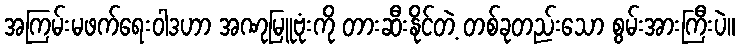
အကြမ်းမဖက်ရေးဝါဒဟာ အဏုမြူဗုံးကို တားဆီးနိုင်တဲ့ တစ်ခုတည်းသော စွမ်းအားကြီးပဲ။